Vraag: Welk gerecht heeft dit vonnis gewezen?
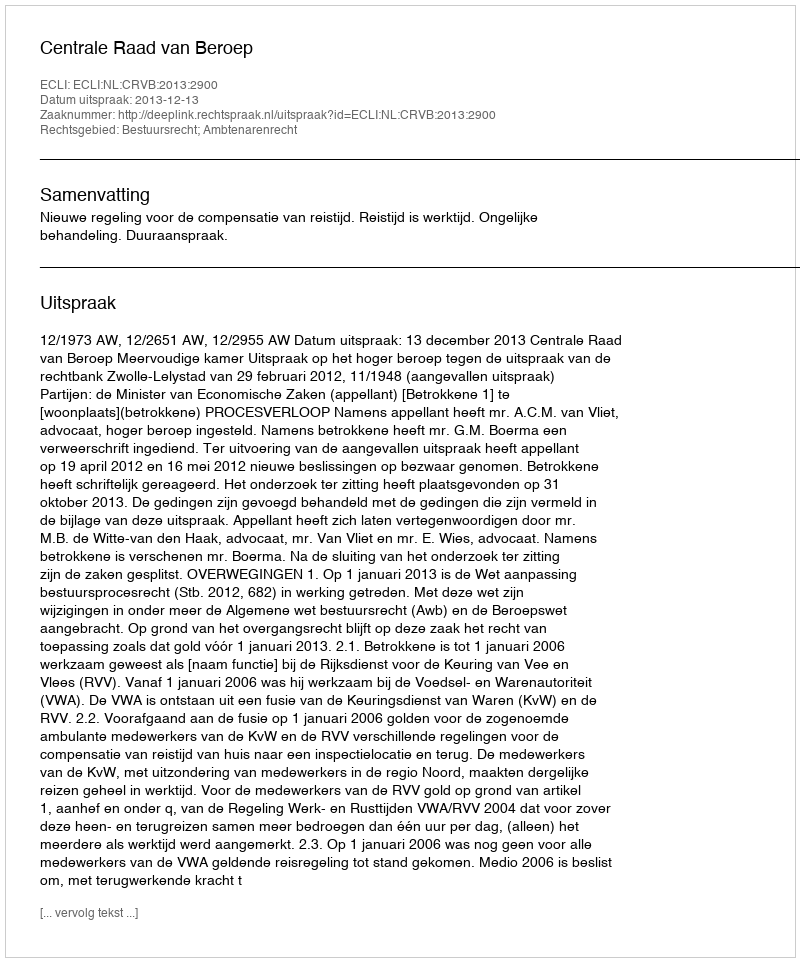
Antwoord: Centrale Raad van Beroep